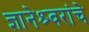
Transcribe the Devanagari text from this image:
ज्ञानेश्र्वरांचे